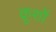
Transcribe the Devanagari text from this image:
क्रूशों